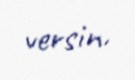
versin.